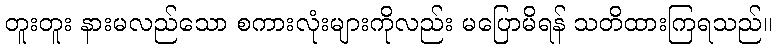
တူးတူး နားမလည်သော စကားလုံးများကိုလည်း မပြောမိရန် သတိထားကြရသည်။